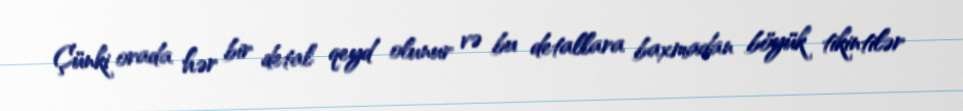
Çünki orada hər bir detal qeyd olunur və bu detallara baxmadan böyük tikintilər